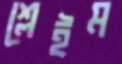
শ্লেইম